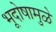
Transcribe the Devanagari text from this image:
भूदोषामुळे